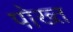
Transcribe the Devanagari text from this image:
पोख्त